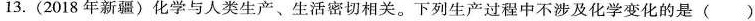
13. ( 2018年新疆 ) 化学与人类生产、生活密切相关。下列生产过程中不涉及化学变化的是( )